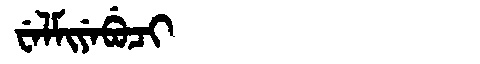
Manchu: ᠸᡝᠯᠮᡳᠶᡝᠪᡠᠴᡳ
Romanization: WELMIYEBUCI